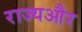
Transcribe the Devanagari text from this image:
राज्यऔर